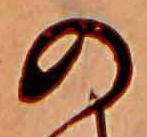
の